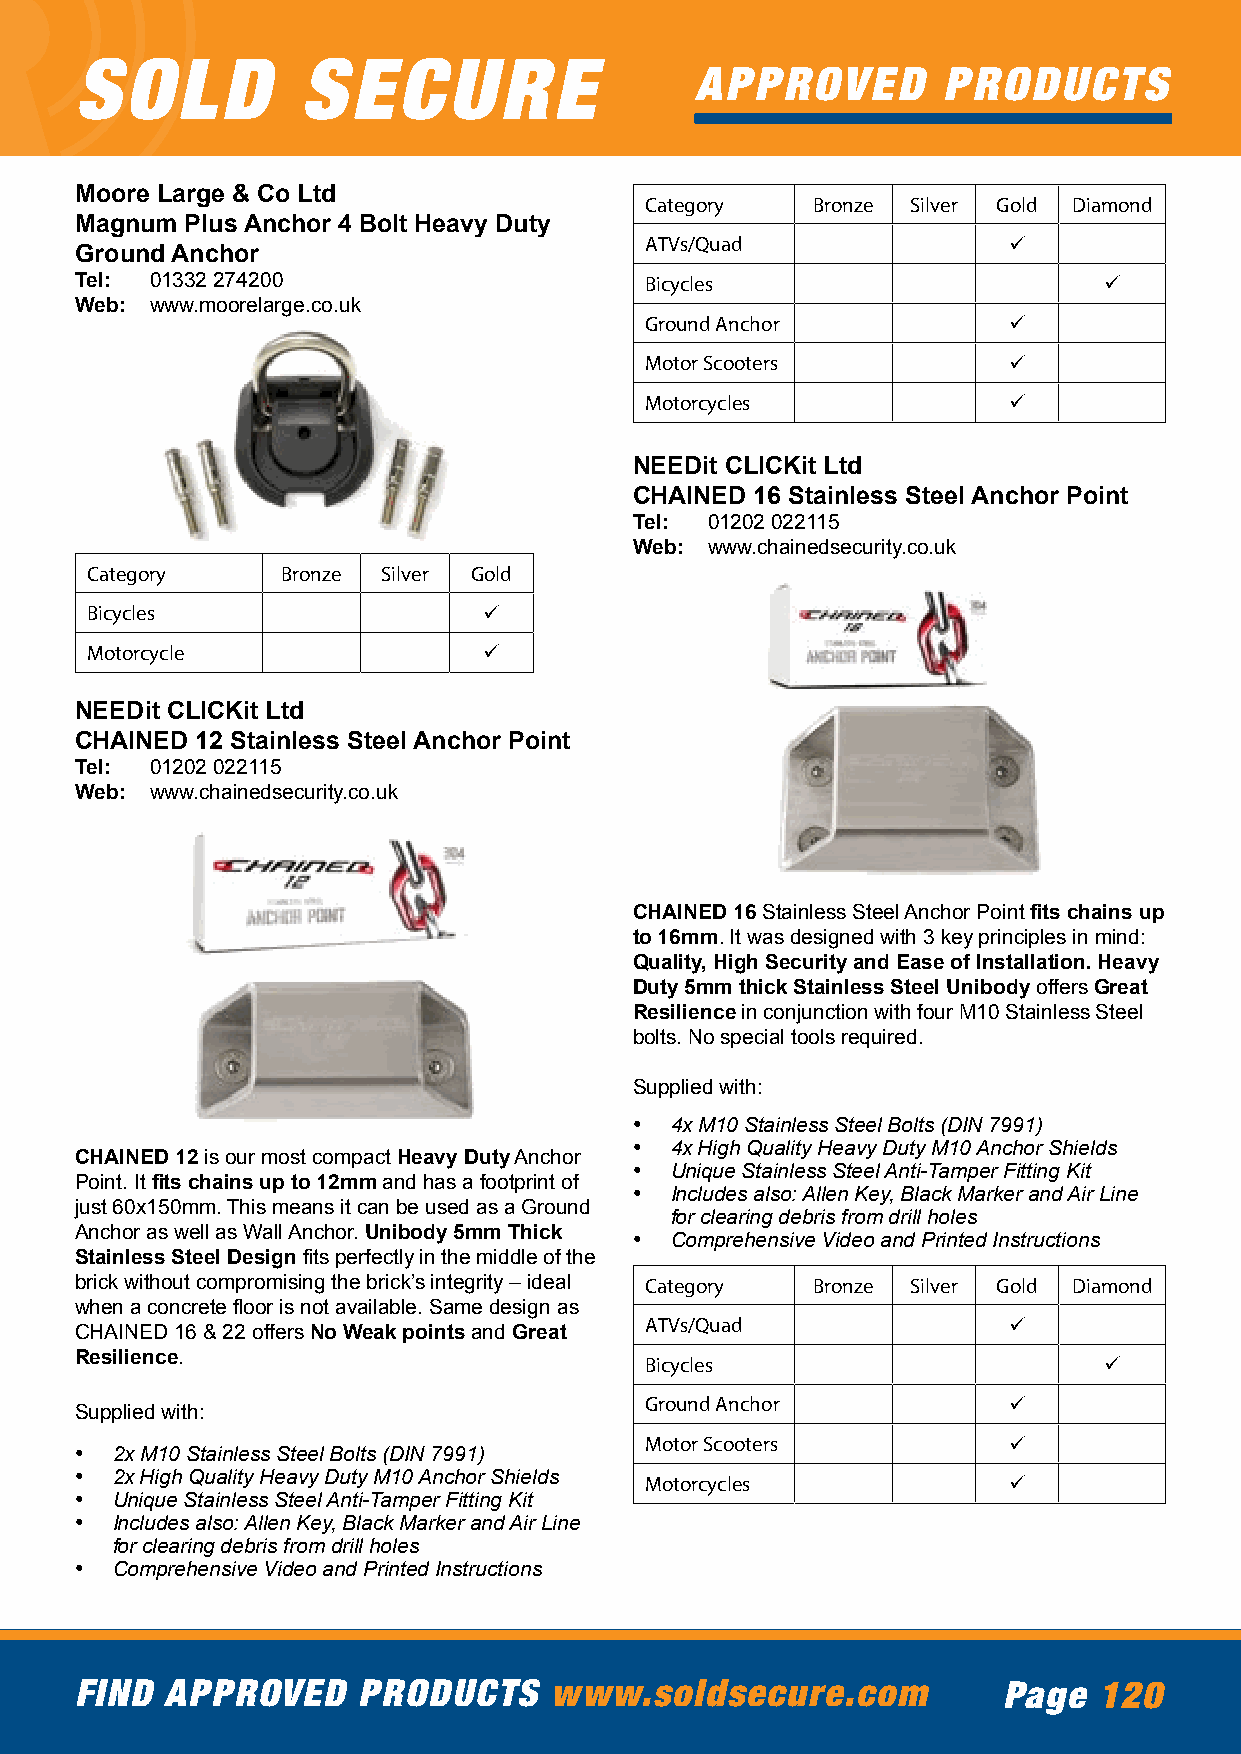
SOLD           SECURE
 APPROVED        PRODUCTS
 Moore Large & Co Ltd
 Category   Bronze Silver Gold Diamond
 Magnum Plus Anchor 4 Bolt Heavy Duty
 ATVs/Quad               ü
 Ground Anchor
 Tel: 01332 274200                     Bicycles                      ü
 Web: www.moorelarge.co.uk
 Ground Anchor           ü
 Motor Scooters          ü
 Motorcycles             ü
 NEEDit CLICKit Ltd
 CHAINED 16 Stainless Steel Anchor Point
 Tel: 01202 022115
 Web: www.chainedsecurity.co.uk
 Category     Bronze Silver Gold
 Bicycles                  ü
 Motorcycle                ü
 NEEDit CLICKit Ltd
 CHAINED 12 Stainless Steel Anchor Point
 Tel: 01202 022115
 Web: www.chainedsecurity.co.uk
 CHAINED 16 Stainless Steel Anchor Point fits chains up
 to 16mm. It was designed with 3 key principles in mind:
 Quality, High Security and Ease of Installation. Heavy
 Duty 5mm thick Stainless Steel Unibody offers Great
 Resilience in conjunction with four M10 Stainless Steel
 bolts. No special tools required.
 Supplied with:
 • 4x M10 Stainless Steel Bolts (DIN 7991)
 • 4x High Quality Heavy Duty M10 Anchor Shields
 CHAINED 12 is our most compact Heavy Duty Anchor
 • Unique Stainless Steel Anti-Tamper Fitting Kit
 Point. It fits chains up to 12mm and has a footprint of
 • Includes also: Allen Key, Black Marker and Air Line
 just 60x150mm. This means it can be used as a Ground
 for clearing debris from drill holes
 Anchor as well as Wall Anchor. Unibody 5mm Thick • Comprehensive Video and Printed Instructions
 Stainless Steel Design fits perfectly in the middle of the
 brick without compromising the brick’s integrity – ideal Category Bronze Silver Gold Diamond
 when a concrete floor is not available. Same design as
 ATVs/Quad               ü
 CHAINED 16 & 22 offers No Weak points and Great
 Resilience.                           Bicycles                      ü
 Ground Anchor           ü
 Supplied with:
 Motor Scooters          ü
 • 2x M10 Stainless Steel Bolts (DIN 7991)
 • 2x High Quality Heavy Duty M10 Anchor Shields Motorcycles   ü
 • Unique Stainless Steel Anti-Tamper Fitting Kit
 • Includes also: Allen Key, Black Marker and Air Line
 for clearing debris from drill holes
 • Comprehensive Video and Printed Instructions
 FIND  APPROVED     PRODUCTS    www.soldsecure.com            Page   120